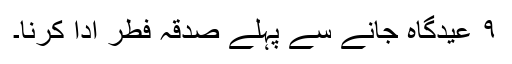
۹ عیدگاہ جانے سے پہلے صدقہ فطر ادا کرنا۔